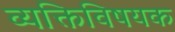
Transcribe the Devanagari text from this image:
व्यक्तिविषयक